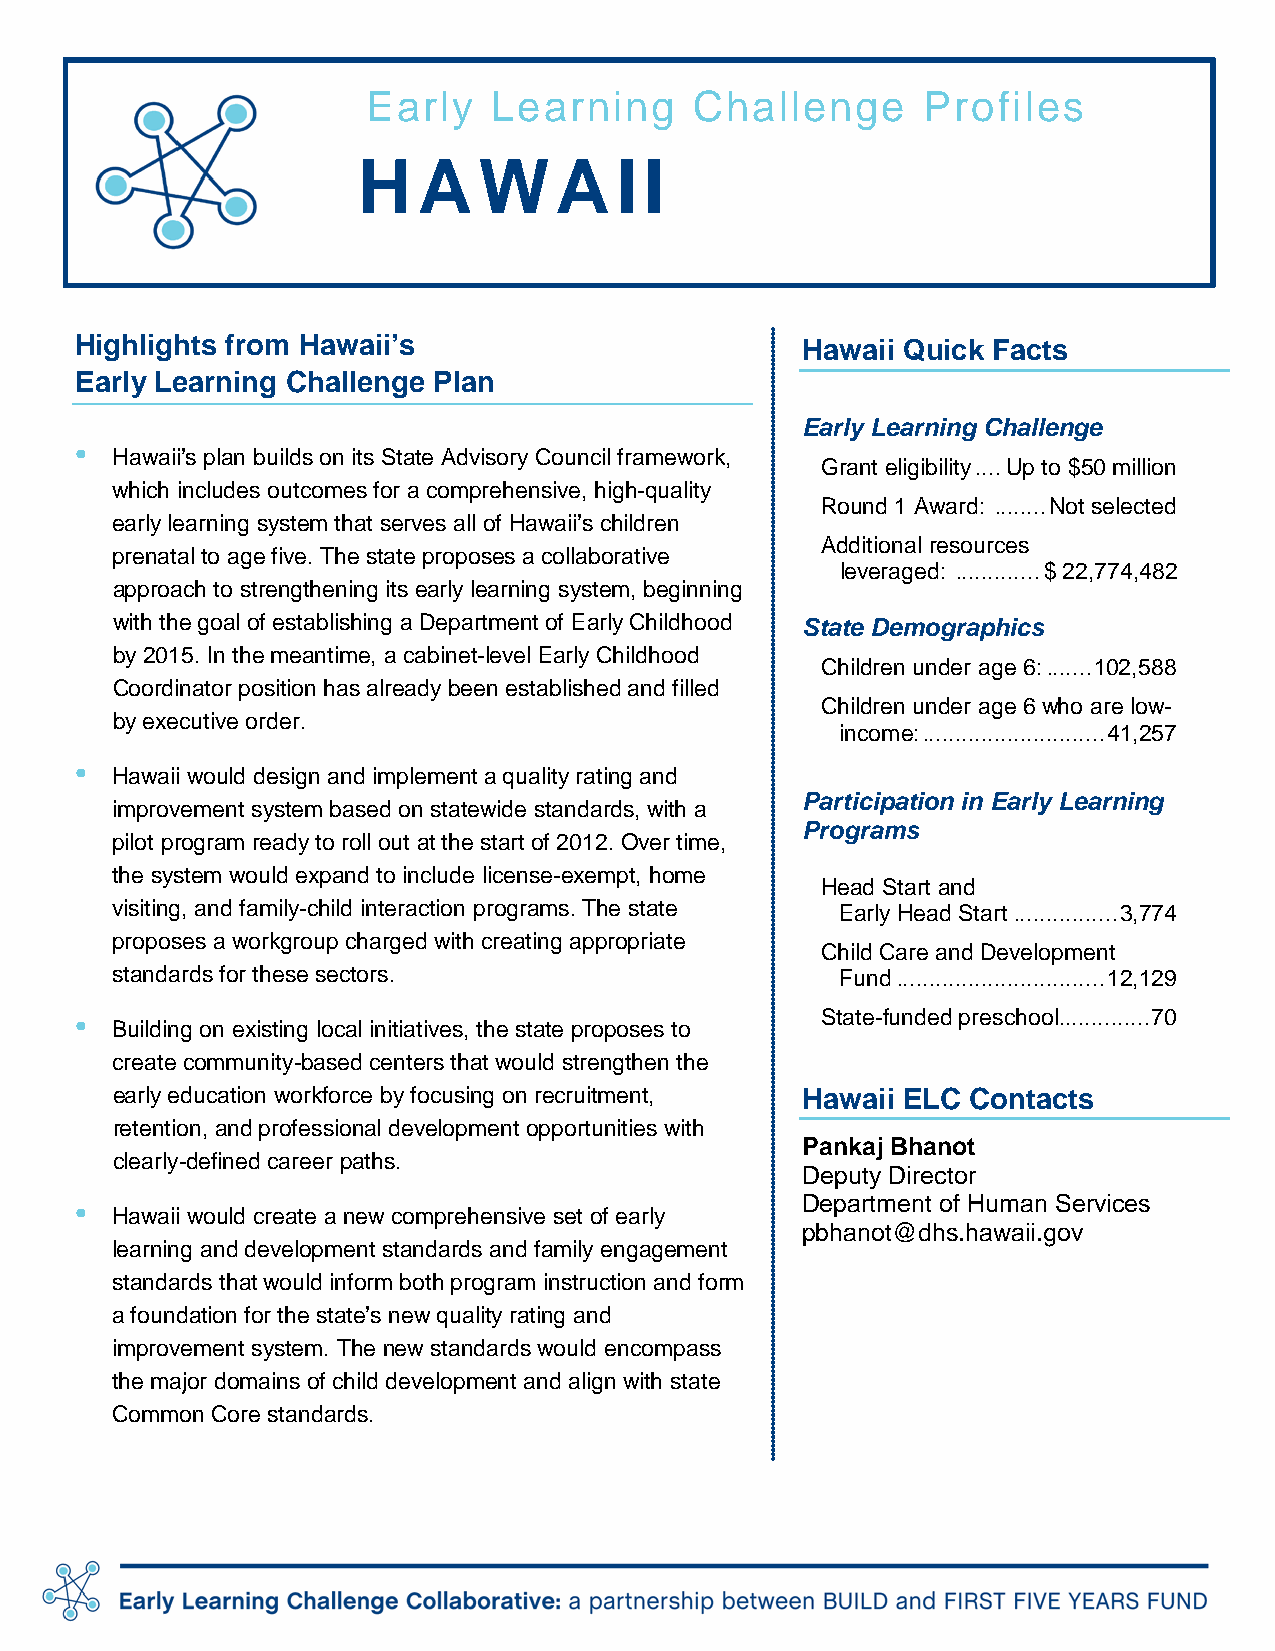
Early    Learning     Challenge      Profiles
 H   A   WA       II
 Highlights from Hawaii’s                        Hawaii Quick Facts
 Early Learning Challenge Plan
 Early Learning Challenge
 •
 Hawaii’s plan builds on its State Advisory Council framework,
 Grant eligibility .... Up to $50 million
 which includes outcomes for a comprehensive, high-quality
 Round 1 Award: ........ Not selected
 early learning system that serves all of Hawaii’s children
 Additional resources
 prenatal to age five. The state proposes a collaborative
 leveraged: ............. $ 22,774,482
 approach to strengthening its early learning system, beginning
 with the goal of establishing a Department of Early Childhood State Demographics
 by 2015. In the meantime, a cabinet-level Early Childhood
 Children under age 6: ....... 102,588
 Coordinator position has already been established and filled
 Children under age 6 who are low-
 by executive order.
 income: ............................ 41,257
 •
 Hawaii would design and implement a quality rating and
 Participation in Early Learning
 improvement system based on statewide standards, with a
 Programs
 pilot program ready to roll out at the start of 2012. Over time,
 the system would expand to include license-exempt, home
 Head Start and
 visiting, and family-child interaction programs. The state Early Head Start ................ 3,774
 proposes a workgroup charged with creating appropriate
 Child Care and Development
 standards for these sectors.                     Fund ................................ 12,129
 •                                                State-funded preschool .............. 70
 Building on existing local initiatives, the state proposes to
 create community-based centers that would strengthen the
 early education workforce by focusing on recruitment, Hawaii ELC Contacts
 retention, and professional development opportunities with
 Pankaj Bhanot
 clearly-defined career paths.
 Deputy Director
 •                                               Department of Human Services
 Hawaii would create a new comprehensive set of early
 pbhanot@dhs.hawaii.gov
 learning and development standards and family engagement
 standards that would inform both program instruction and form
 a foundation for the state’s new quality rating and
 improvement system. The new standards would encompass
 the major domains of child development and align with state
 Common Core standards.